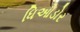
ધિઓડોર